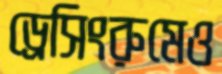
ড্রেসিংরুমেও